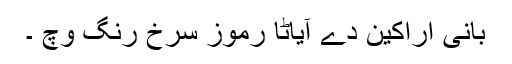
بانی اراکین دے آیاٹا رموز سرخ رنگ وچ ۔